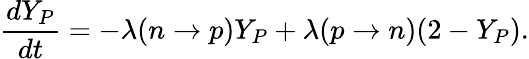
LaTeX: \frac{dY_{P}}{dt}=-\lambda(n\rightarrow p)Y_{P}+\lambda(p\rightarrow n)(2-Y_{P}).